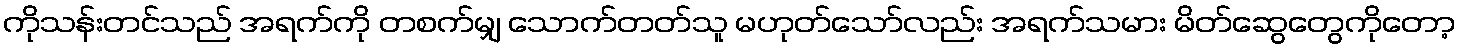
ကိုသန်းတင်သည် အရက်ကို တစက်မျှ သောက်တတ်သူ မဟုတ်သော်လည်း အရက်သမား မိတ်ဆွေတွေကိုတော့